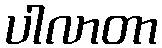
ပါလာတာ